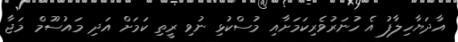
އާދަޔާހިލާފު އެ ހުނަރުވެރިކަމަށާއި މުސްކުޅި ނުވި ރީތި ކަމަށް އަދި މައުސޫމް މަޖާ